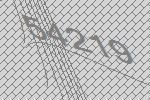
54219